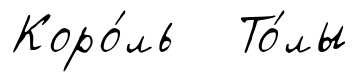
Коро́ль То́лы